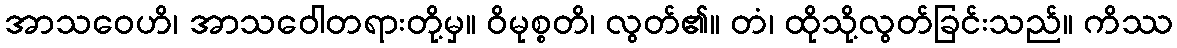
အာသဝေဟိ၊ အာသဝေါတရားတို့မှ။ ဝိမုစ္စတိ၊ လွတ်၏။ တံ၊ ထိုသို့လွတ်ခြင်းသည်။ ကိဿ